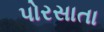
પોરસાતા